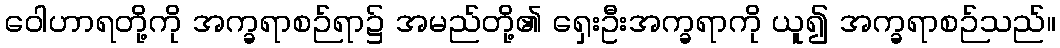
ဝေါဟာရတို့ကို အက္ခရာစဉ်ရာ၌ အမည်တို့၏ ရှေးဦးအက္ခရာကို ယူ၍ အက္ခရာစဉ်သည်။